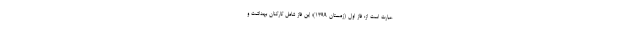
عبارت است از: فاز اول (زمستان ۱۳۹۹)؛ این فاز شامل کارکنان بهداشت و